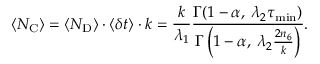
\langle N _ { \mathrm { C } } \rangle = \langle N _ { \mathrm { D } } \rangle \cdot \langle \delta t \rangle \cdot k = \frac { k } { \lambda _ { 1 } } \frac { \Gamma ( 1 - \alpha , \: \lambda _ { 2 } \tau _ { \mathrm { m i n } } ) } { \Gamma \left( 1 - \alpha , \: \lambda _ { 2 } \frac { 2 n _ { 6 } } { k } \right) } .